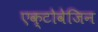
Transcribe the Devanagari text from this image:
एक्टोवेजिन